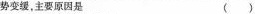
势变缓，主要原因是 ( )